Lunatic asylums Punjab 1895-1910 - 1895-1910
Year: 1895
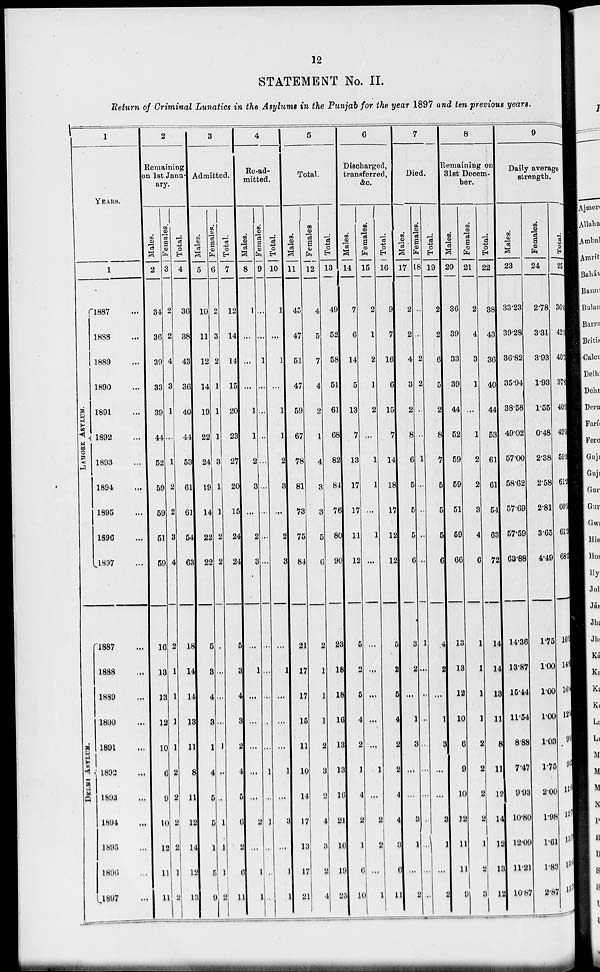
12
STATEMENT No. II.
Return of Criminal Lunatics in the Asylums in the Punjab for the year 1897 and ten previous years.
1
YEARS.
1
LAHORE
ASYLUM.
DELHI
ASYLUM.
1887 ...
1888 ...
1889 ...
1890 ...
1891 ...
1892 ...
1893 ...
1894 ...
1895 ...
1896 ...
1897 ...
1887 ...
1888 ...
1889 ...
1890 ...
1891 ...
1892 ...
1893 ...
1894 ...
1895 ...
1896 ...
1897 ...
2
Remaining
on 1st Janu-
ary.
Males.
2
34
36
39
33
39
44
52
59
59
51
59
16
13
13
12
10
6
9
10
12
11
11
Females.
3
2
2
4
3
1
...
1
2
2
3
4
2
1
1
1
1
2
2
2
2
1
2
Total.
4
36
38
43
36
40
44
53
61
61
54
63
18
14
14
13
11
8
11
12
14
12
13
3
Admitted.
Males.
5
10
11
12
14
19
22
24
19
14
22
22
5
3
4
3
1
4
5
5
1
5
9
Females.
6
2
3
2
1
1
1
3
1
1
2
2
...
...
...
...
1
...
...
1
1
1
2
Total.
7
12
14
14
15
20
23
27
20
15
24
24
5
3
4
3
2
4
5
6
2
6
11
4
Re-ad-
mitted.
Males.
8
1
...
...
...
1
1
2
3
...
2
3
...
1
...
...
...
...
...
2
...
1
1
Females.
9
...
...
1
...
...
...
...
...
...
...
...
...
...
...
...
...
1
...
1
...
...
...
Total.
10
1
...
1
...
1
1
2
3
...
2
3
...
1
...
...
...
1
...
3
...
1
1
5
Total.
Males.
11
45
47
51
47
59
67
78
81
73
75
84
21
17
17
15
11
10
14
17
13
17
21
Females
12
4
5
7
4
2
1
4
3
3
5
6
2
1
1
1
2
3
2
4
3
2
4
Total.
13
49
52
58
51
61
68
82
84
76
80
90
23
18
18
16
13
13
16
21
16
19
25
6
Discharged,
transferred,
&c.
Males.
14
7
6
14
5
13
7
13
17
17
11
12
5
2
5
4
2
1
4
2
1
6
10
Females.
15
2
1
2
1
2
...
1
1
...
1
...
...
...
...
...
...
1
...
2
2
...
1
Total.
16
9
7
16
6
15
7
14
18
17
12
12
5
2
5
4
2
2
4
4
3
6
11
7
Died.
Males.
17
2
2
4
3
2
8
6
5
5
5
6
3
2
...
1
3
...
...
3
1
...
2
Females.
18
...
...
2
2
...
...
1
...
...
...
...
1
...
...
...
...
...
...
...
...
...
...
Total.
19
2
2
6
5
2
8
7
5
5
5
6
4
2
...
1
3
...
...
3
1
...
2
8
Remaining on
31st Decem-
ber.
Males.
20
36
39
33
39
44
52
59
59
51
59
66
13
13
12
10
6
9
10
12
11
11
9
Females.
21
2
4
3
1
...
1
2
2
3
4
6
1
1
1
1
2
2
2
2
1
2
3
Total.
22
38
43
36
40
44
53
61
61
54
63
72
14
14
13
11
8
11
12
14
12
13
12
9
Daily average
strength.
Males.
23
33.23
39.28
36.82
35.94
38.58
49.02
57.00
58.62
57.69
57.59
63.88
14.36
13.87
15.44
11.54
8.88
7.47
9.93
10.80
12.09
11.21
10.87
Females.
24
2.78
3.31
3.93
1.93
1.55
0.48
2.38
2.58
2.81
3.65
4.49
1.75
1.00
1.00
1.00
1.03
1.75
2.00
1.98
1.61
1.83
2.87
Total.
25
36.01
42.59
40.75
37.87
40.13
49.50
59.38
61.20
60.50
61.24
68.37
16. 11
14.87
16.44
12.54
9.91
9.22
11.93
12.78
13.70
13.04
13.74